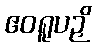
ဧဝရူပဉှိ